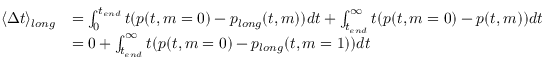
\begin{array} { r l } { \langle \Delta t \rangle _ { l o n g } } & { = \int _ { 0 } ^ { t _ { e n d } } t ( p ( t , m = 0 ) - p _ { l o n g } ( t , m ) ) d t + \int _ { t _ { e n d } } ^ { \infty } t ( p ( t , m = 0 ) - p ( t , m ) ) d t } \\ & { = 0 + \int _ { t _ { e n d } } ^ { \infty } t ( p ( t , m = 0 ) - p _ { l o n g } ( t , m = 1 ) ) d t } \end{array}